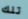
تلك